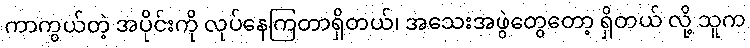
ကာကွယ်တဲ့ အပိုင်းကို လုပ်နေကြတာရှိတယ်၊ အသေးအဖွဲတွေတော့ ရှိတယ် လို့ သူက